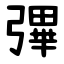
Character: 彃